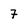
Character: 7